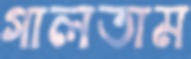
গালতাম